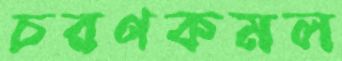
চরণকমল